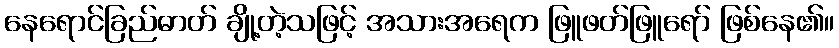
နေရောင်ခြည်ဓာတ် ချို့တဲ့သဖြင့် အသားအရေက ဖြူဖတ်ဖြူရော် ဖြစ်နေ၏။